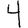
Digit: 4